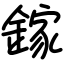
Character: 鎵